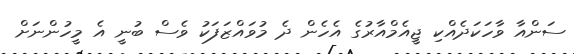
ސަންއާ ވާހަކަދެއްކި ޖީއެމްއާރުގެ އެހެން ދެ މުވައްޒަފަކު ވެސް ބުނީ އެ މީހުންނަށް